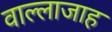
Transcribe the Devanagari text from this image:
वाल्लाजाह